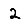
Digit: 2